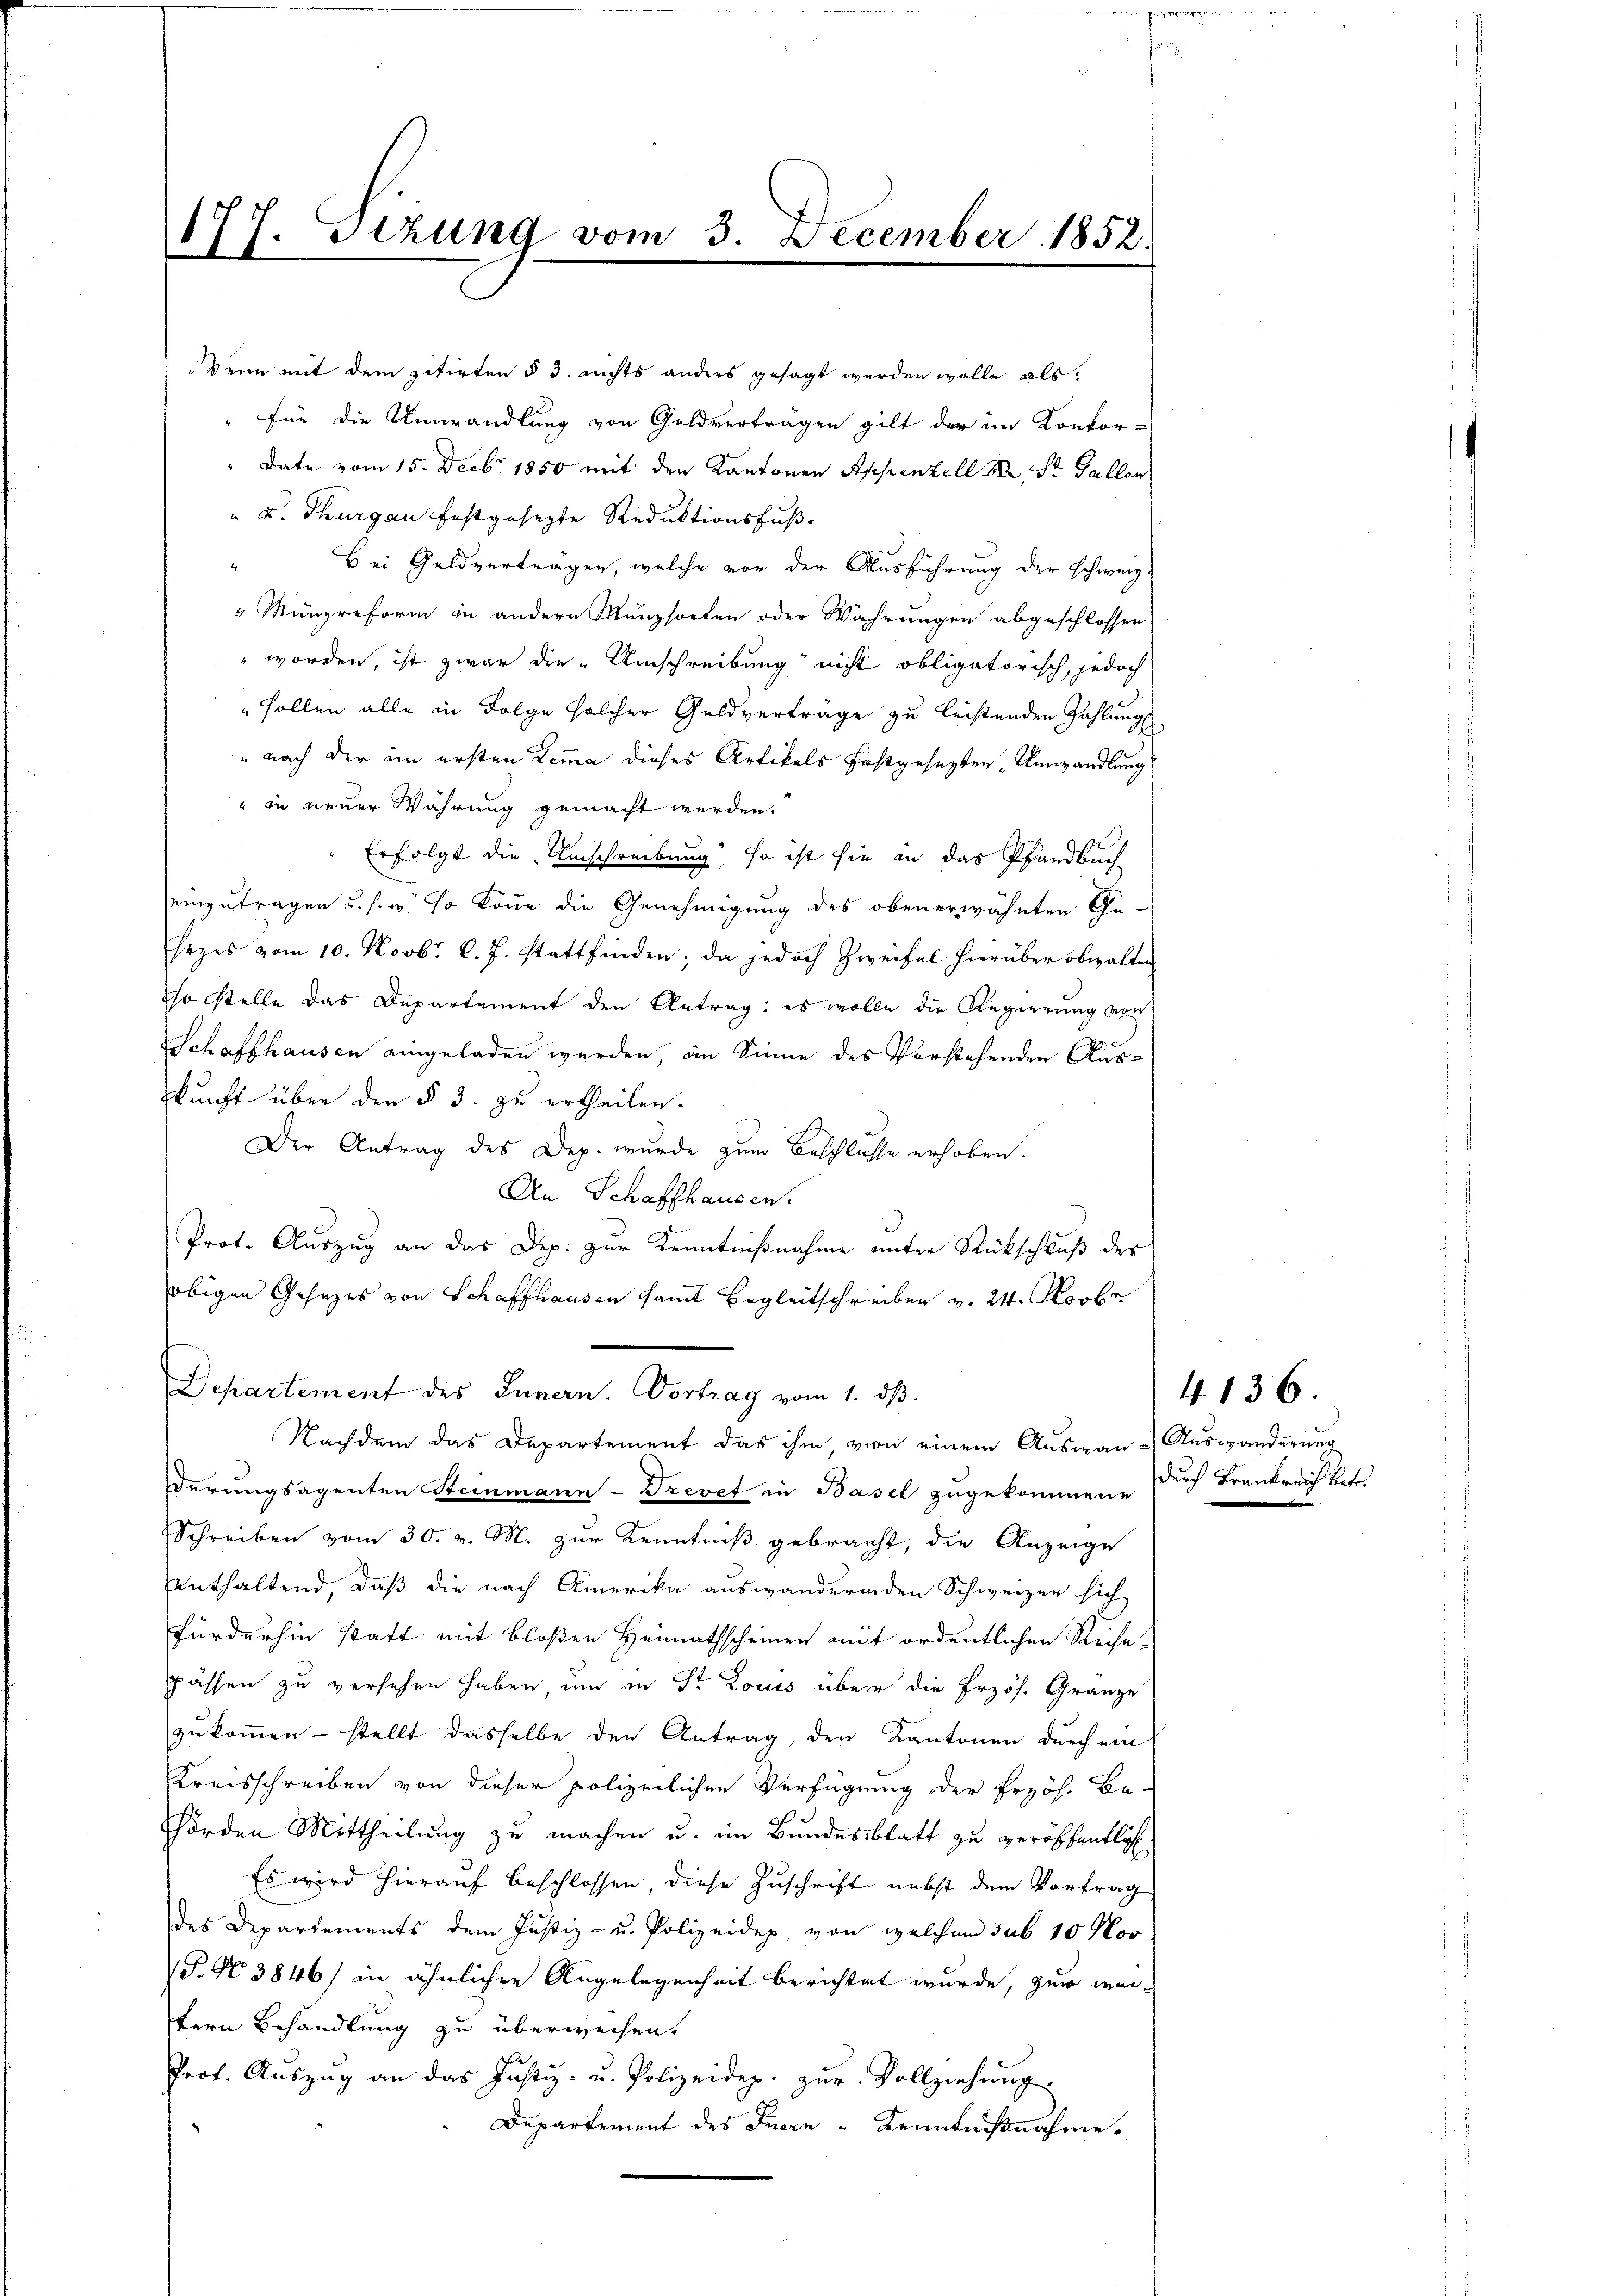
Stzung vom 3. December 1852.
177.

Wenn mit dem zitirten § 3. nichts anders gesagt werden wolle als
"Für die Umwandlung von Geldverträgen gilt der im Konkor-
Date vom 15. Decbr. 1850 mit den Kantonen Appenzell M. St. Gallen
" u. Thurgau festgesezte Reduktionsfuß
Bei Geldverträgen, welche vor der Ausführung der Schweiz
Münzreform in andern Münzsorten oder Währungen abgeschlossen
 worden, ist zwar die Umschreibung nicht obligatorisch, jedoch
" sollen alle in Folge solcher Geldverträge zu leistenden Zahlung
" nach der im ersten Lemma dieses Artikels festgesetzten Umwandlung
" in neuer Währung gemacht werden.
" Erfolgt die Umschreibung, so ist sie in das Pfandbuch
einzutragen u. s. w. So könne die Genehmigung des obenerwähnten Ge-
hezes vom 10. Novbr. l. J. stattfinden; da jedoch Zweifel hierüber obwalten
so stelle das Departement den Antrag: es wolle die Regierung von
Schaffhausen eingeladen werden, in Sinne des Vorstehenden Auskunft über den § 3. zu ertheilen.
Der Antrag des Dep. wurde zum Beschlüsse erhoben.
An Schaffhausen.
Prot. Auszug an das Dep. zur Kenntnißnahme unter Rückschluß des
obigen Gesezes von Schaffhausen samt Begleitschreiben v. 24. Novbr
Departement des Innern. Vortrag vom 1. dβ.
Nachdem das Departement das ihm von einem Auswan-Auswanderung
derungsagenten Steinmann-Trevet in Basel zugekommen. Durch Frankreich betr.
Schreiben vom 30. v. M. zur Kenntniß gebracht, die Anzeige
Enthaltend, daß die nach Amerika auswandernden Schweizer sich
Fürderhin statt mit bloßen Heimathscheinen mit ordentlichen Reise-
pässen zu versehen haben, um in Dr Louis über die Erzös. Gränze
zukommen - stellt dasselbe den Antrag, den Kantonen durch ein
Kreisschreiben von dieser polizeilichen Verfügung der Erzöh. Be-
hörden Mittheilung zu machen u. im Bundesblatt zu veröffentlich
Es wird hierauf beschlossen, diese Zuschrift nebst dem Vortrag
des Depariements dem Justiz- u. Polizeidep, von welchem sub 10 Hor
P. Nr. 3846) in ähnlichen Angelegenheit berichtet wurde, zur weitern Behandlung zu überweisen.
Prot. Aŭszŭg an das Justiz- u. Polizeidep. zŭr Vollziehŭng
Departement des Inern - Kenntnißnahme.

4136.